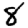
Digit: 8